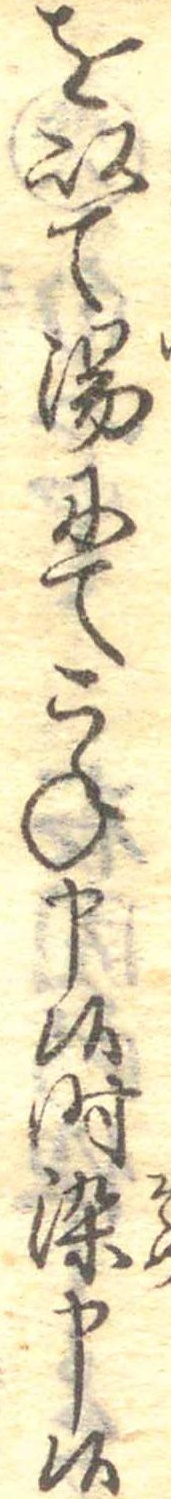
を以て湯にてこね申候時染申候